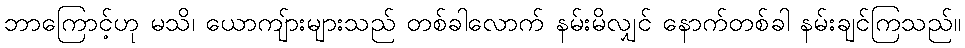
ဘာကြောင့်ဟု မသိ၊ ယောကျ်ားများသည် တစ်ခါလောက် နမ်းမိလျှင် နောက်တစ်ခါ နမ်းချင်ကြသည်။